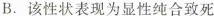
B.该性状表现为显性纯合致死